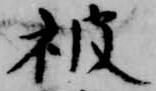
被